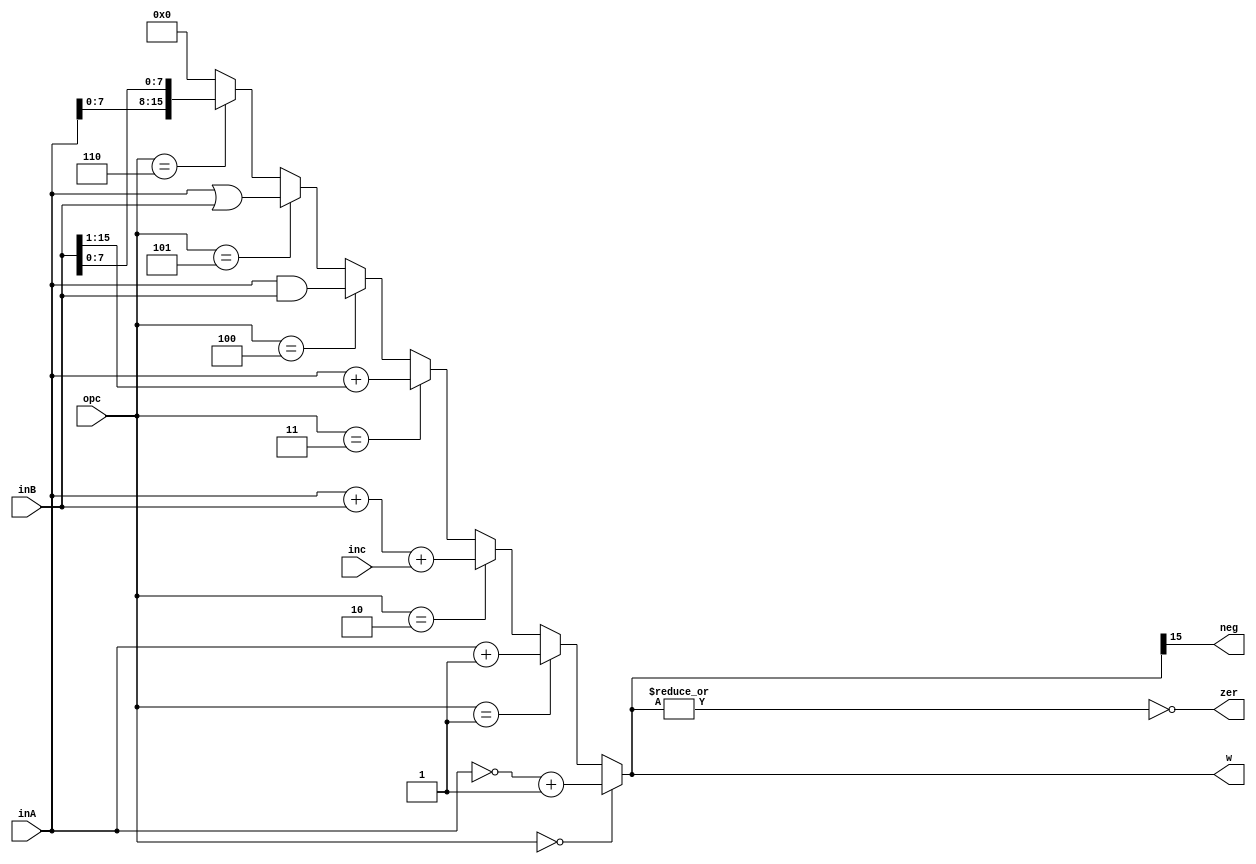
module ALU_2(input signed[15:0]inA ,inB , input[2:0]opc , input inc , 
output reg[15:0]w , output reg zer , neg);
    wire [15:0]func[7:0];

    assign neg = w[15];
    assign zer = ~(|w);

assign w = 
    (opc == 3'b000) ? ~inA + 1:
    (opc == 3'b001) ? inA + 1:
    (opc == 3'b010) ? inA + inB + inc:
    (opc == 3'b011) ? inA + (inB >>> 1):
    (opc == 3'b100) ? inA & inB:
    (opc == 3'b101) ? inA | inB:
    (opc == 3'b110) ? {inA[7:0] , inB[7:0]}:
        16'b0;
endmodule